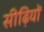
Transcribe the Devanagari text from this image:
सीढ़ियों